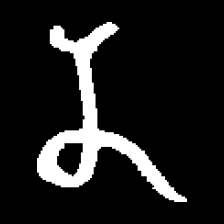
Pyu character \u2014 Myanmar letter: န (romanized: na)